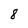
Character: 8